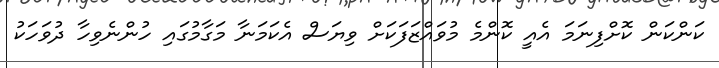
ކަންކަން ކޮށްފިނަމަ އެއީ ކޮންމެ މުވައްޒަފަކަށް ވިޔަސް އެކަމަނާ މަގާމުގައި ހުންނެވިހާ ދުވަހަކު